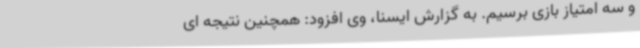
و سه امتیاز بازی برسیم. به گزارش ایسنا، وی افزود: همچنین نتیجه ای